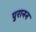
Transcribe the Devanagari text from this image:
पुरानन